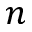
n